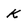
Character: k